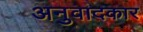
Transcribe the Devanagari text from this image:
अनुवादकार